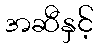
အဆီနှင့်